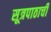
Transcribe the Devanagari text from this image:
सूत्रपाठाची